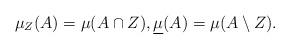
LaTeX: \begin{align*}\mu_{Z} (A) = \mu (A \cap Z), \underline \mu (A) = \mu (A \setminus Z).\end{align*}